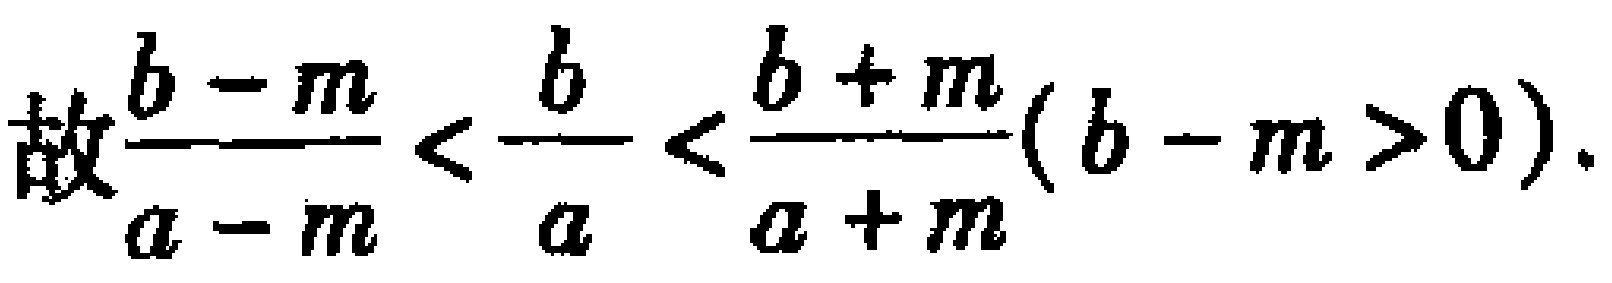
故\(\frac{b - m}{a - m} < \frac{b}{a} < \frac{b + m}{a + m}(b - m > 0)\)